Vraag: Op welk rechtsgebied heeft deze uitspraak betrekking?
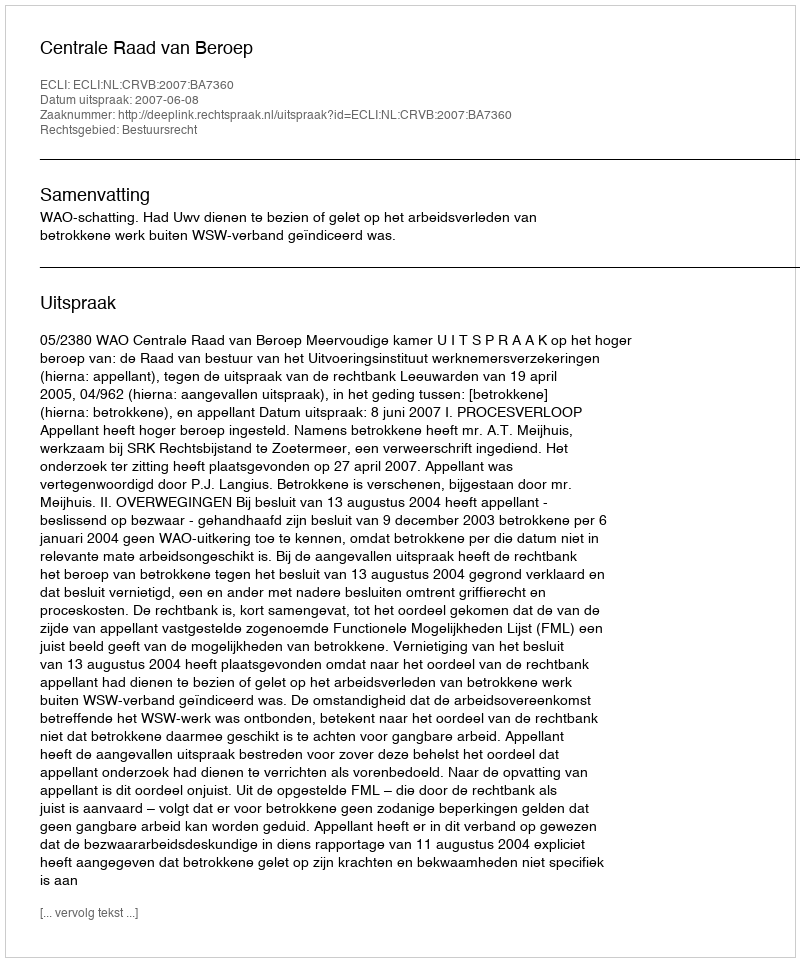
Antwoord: Bestuursrecht